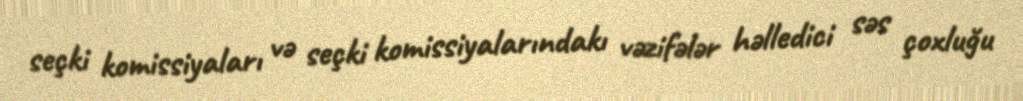
seçki komissiyaları və seçki komissiyalarındakı vəzifələr həlledici səs çoxluğu